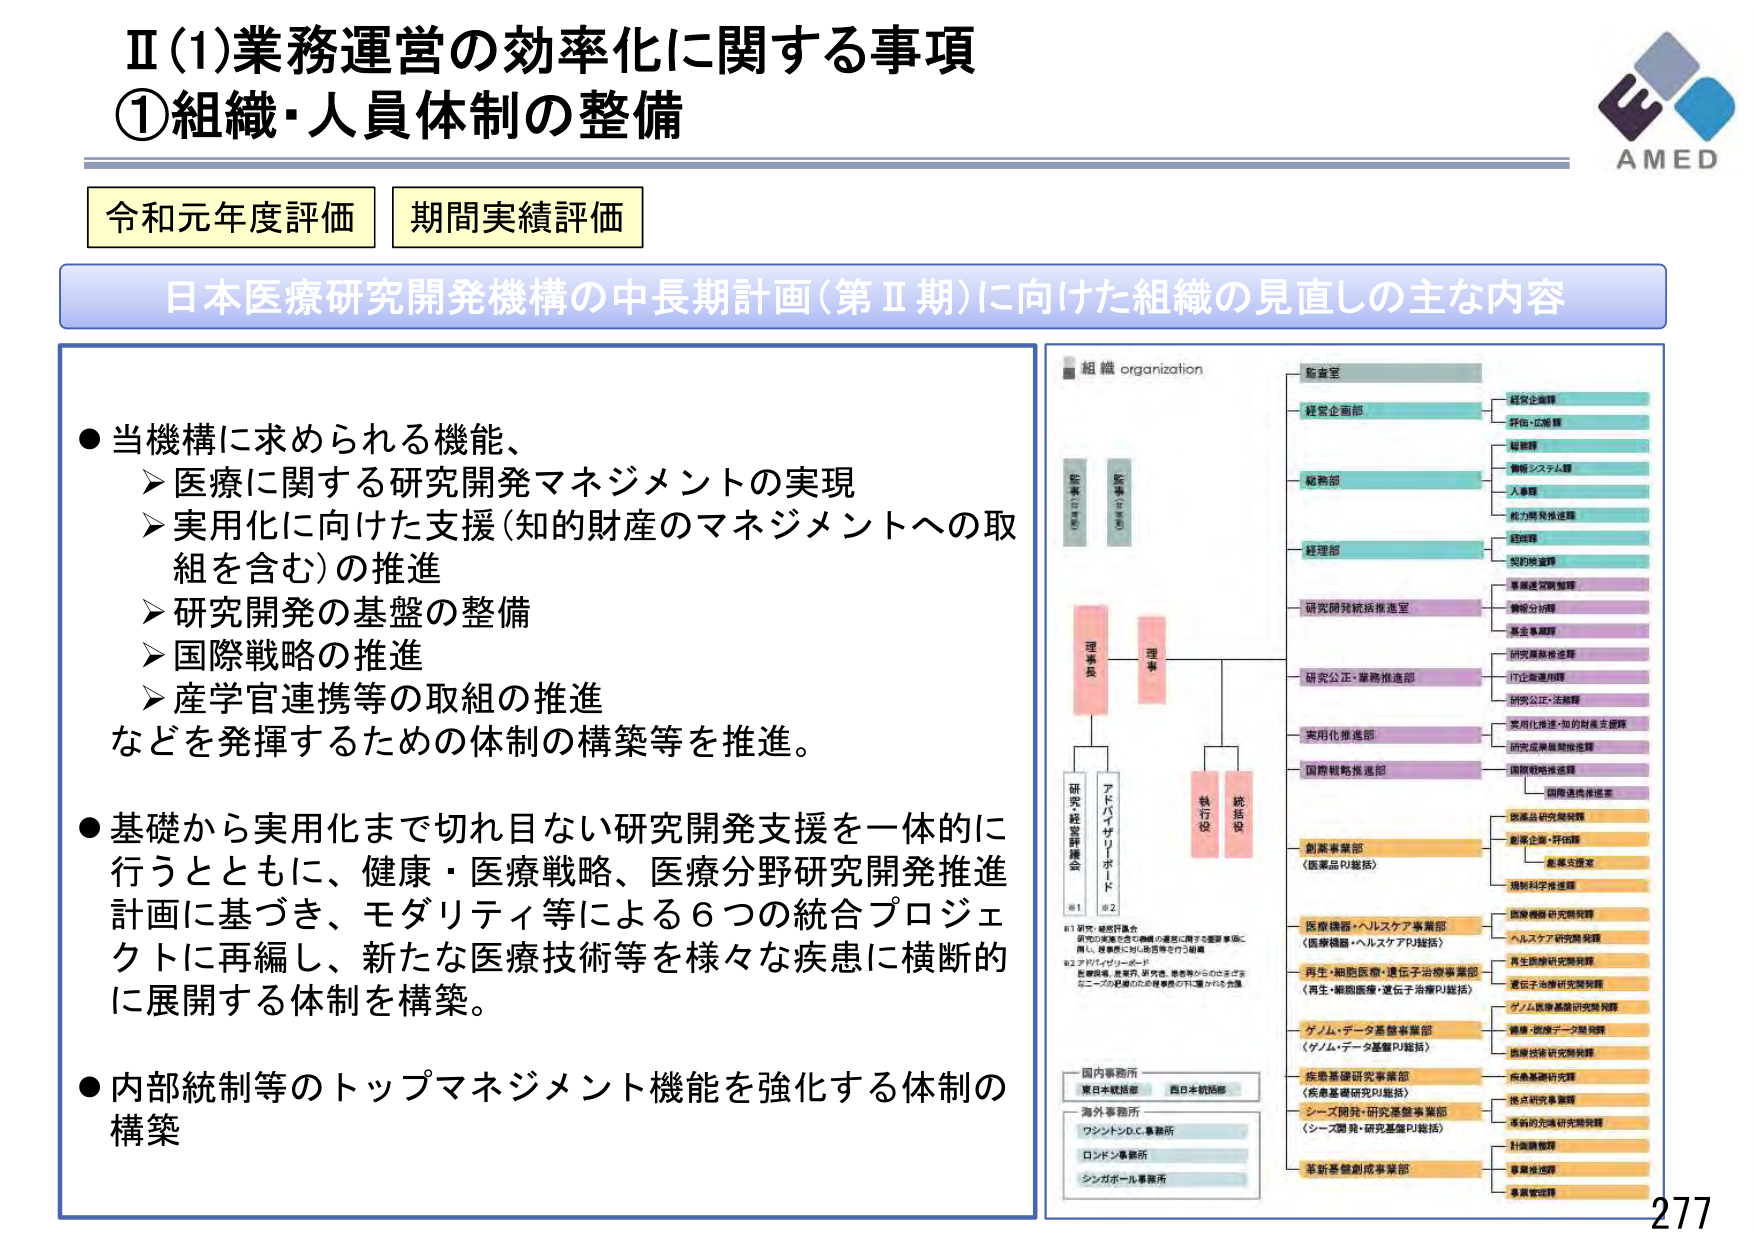
Ⅱ(1)業務運営の効率化に関する事項
①組織・人員体制の整備

令和元年度評価　期間実績評価

日本医療研究開発機構の中長期計画(第Ⅱ期)に向けた組織の見直しの主な内容

●当機構に求められる機能、
　➤医療に関する研究開発マネジメントの実現
　➤実用化に向けた支援(知的財産のマネジメントへの取組を含む)の推進
　➤研究開発の基盤の整備
　➤国際戦略の推進
　➤産学官連携等の取組の推進
などを発揮するための体制の構築等を推進。

●基礎から実用化まで切れ目ない研究開発支援を一体的に行うとともに、健康・医療戦略、医療分野研究開発推進計画に基づき、モダリティ等による6つの統合プロジェクトに再編し、新たな医療技術等を様々な疾患に横断的に展開する体制を構築。

●内部統制等のトップマネジメント機能を強化する体制の構築

組織 organization
監査室
経営企画部
　→経営企画課
　→評価・広報課
総務部
　→総務課
　→情報システム課
　→人事課
　→能力開発推進課
　→経理課
　→契約検査課
経理部
研究開発統括推進室
　→基盤運営統括課
　→情報分析課
　→基金事務課
　→研究開発推進課
研究公正・業務推進部
　→IT企画運用課
　→研究公正・法務課
実用化推進部
　→実用化推進・知的財産支援課
　→研究成果展開推進課
国際戦略推進部
　→国際戦略推進課
　→国際連携推進室
創薬事業部
〈医薬品PJ総括〉
　→医薬品研究開発課
　→創薬企画・評価課
　→創薬支援室
　→規制科学推進課
医療機器・ヘルスケア事業部
〈医療機器・ヘルスケアPJ総括〉
　→医療機器研究開発課
　→ヘルスケア研究開発課
再生・細胞医療・遺伝子治療事業部
〈再生・細胞医療・遺伝子治療PJ総括〉
　→再生医療研究開発課
　→遺伝子治療研究開発課
　→ゲノム医療基盤研究開発課
ゲノム・データ基盤事業部
〈ゲノム・データ基盤PJ総括〉
　→健康・医療データ基盤課
　→医療技術研究開発課
疾患基礎研究事業部
〈疾患基礎研究PJ総括〉
　→疾患基礎研究課
　→接点研究事業課
シーズ開発・研究基盤事業部
〈シーズ開発・研究基盤PJ総括〉
　→革新的先端研究開発課
　→計画調整課
　→事業推進課
　→事業管理課
革新基盤創成事業部

※1 研究・経営評議会
　研究の実施に係る戦略の審議に関する審議事項に
　関し、理事会に助言を含む組織
※2 アドバイザリーボード
　医療政策、産業界、研究者、患者等からのさまざまな
　ニーズの把握のための意見の円滑な収集

国内事務所
　東日本統括部　西日本統括部
海外事務所
　ワシントンD.C.事務所
　ロンドン事務所
　シンガポール事務所

AMED
277